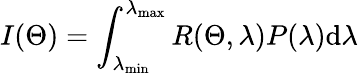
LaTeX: I(\Theta)=\int_{\lambda_{\operatorname*{min}}}^{\lambda_{\operatorname*{max}}}R(\Theta,\lambda)P(\lambda)\mathrm{d}\lambda